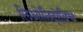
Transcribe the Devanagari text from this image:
लिओनिदोविच